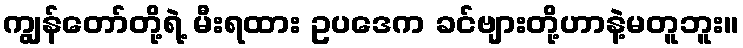
ကျွန်တော်တို့ရဲ့ မီးရထား ဥပဒေက ခင်ဗျားတို့ဟာနဲ့မတူဘူး။